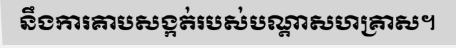
នឹងការគាបសង្កត់របស់បណ្តាសហគ្រាស។